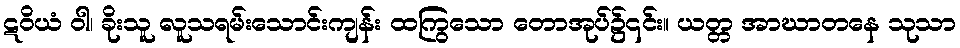
ဋဝိယံ ဝါ၊ ခိုးသူ လူသရမ်းသောင်းကျန်း ထကြွသော တောအုပ်၌၎င်း။ ယတ္တ အာဃာတနေ သုသာ